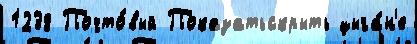
1238 Почто́вый Показатьскрыть цыга́н'е